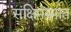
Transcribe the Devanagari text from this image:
संक्षिप्तरुपात